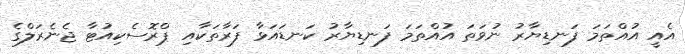
އެއީ އުއްތަމަ ފަނޑިޔާރު ނުވަތަ އުއްތަމަ ފަނޑިޔާރު ކަނޑައަޅާ ފަރާތަކާއި ޕްރޮސެކިއުޓާ ޖެނެރަލްގެ